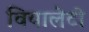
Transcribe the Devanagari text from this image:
वियालेटो